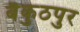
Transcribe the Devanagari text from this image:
बैकुठपुर